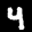
Label: 4